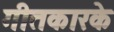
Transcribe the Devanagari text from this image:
गीतकारके